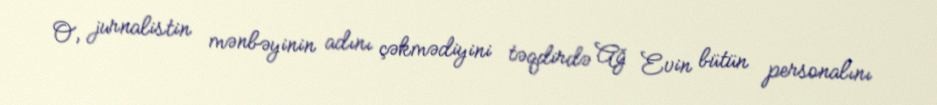
O, jurnalistin mənbəyinin adını çəkmədiyini təqdirdə Ağ Evin bütün personalını